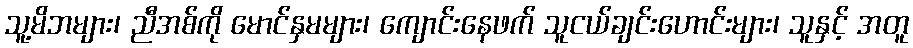
သူ့မိဘများ၊ ညီအစ်ကို မောင်နှမများ၊ ကျောင်းနေဖက် သူငယ်ချင်းဟောင်းများ၊ သူနှင့် အတူ